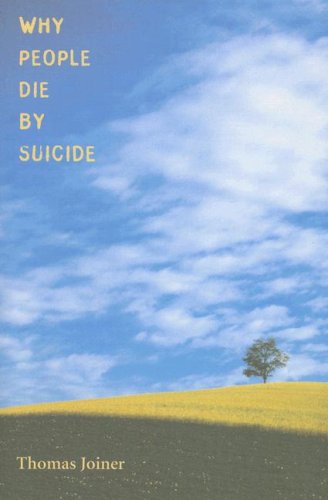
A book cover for Why People Die by Suicide; Thomas Joiner; Self-Help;